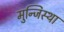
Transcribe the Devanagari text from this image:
मुन्जिस्था